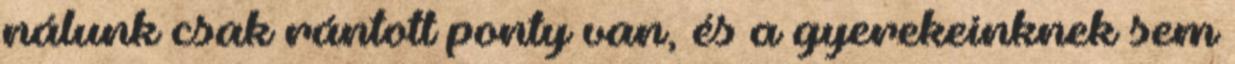
nálunk csak rántott ponty van, és a gyerekeinknek sem